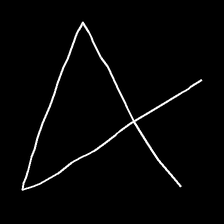
Glyph: collection